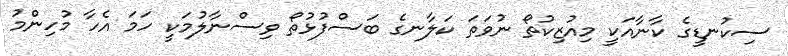
ސިކުނޑީގެ ކާނާއަކީ މިއުޒިކުތޯ ނުވަތަ ކަލާނގެ ބަސްފުޅުތޯ ވިސްނާލުމަކީ ހަމަ އެހާ މުހިންމު